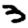
Digit: 3